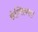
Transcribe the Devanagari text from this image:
सेल्सियस।